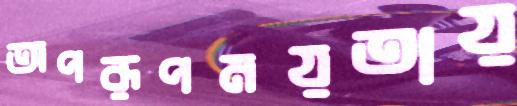
অপরূপময়তায়